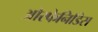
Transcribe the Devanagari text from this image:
ओरफेनिडिस